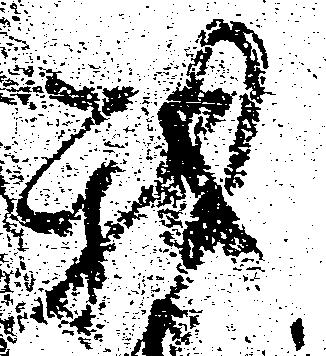
我